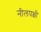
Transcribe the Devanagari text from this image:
नीलपक्षी